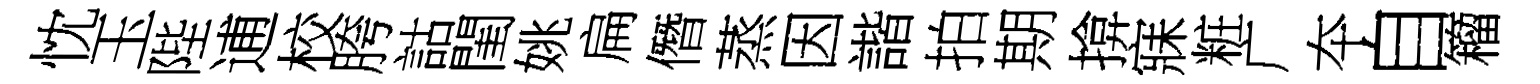
忱玉陛逋校胯詁閨姚扁僭蒸因諧拍期揜寐粧广夲自籕